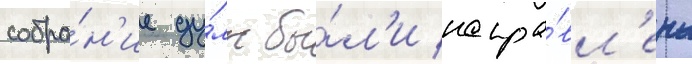
собра́н'ие ду́мы бы́л'и напра́вл'ены